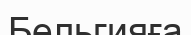
Бельгияға